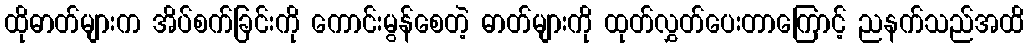
ထိုဓာတ်များက အိပ်စက်ခြင်းကို ကောင်းမွန်စေတဲ့ ဓာတ်များကို ထုတ်လွှတ်ပေးတာကြောင့် ညနက်သည်အထိ